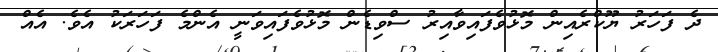
ދެ ފަހަރު ޔޫކްރެއިން މޮޅުވެފައިވާއިރު ސްވިޑެން މޮޅުވެފައިވަނީ އެންމެ ފަހަރަކު އެވެ. އެއް